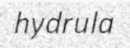
hydrula